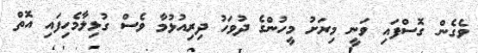
ވެގެން ގޮސްފައި ވަނީ މިރަށު މީހުންގެ ދުވަހު ދިރިއުޅުމާ ވެސް ގުޅިލާމެހިފައި އޮތް